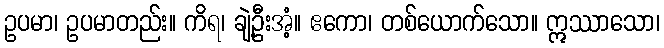
ဥပမာ၊ ဥပမာတည်း။ ကိရ၊ ချဲ့ဦးအံ့။ ဧကော၊ တစ်ယောက်သော။ ဣဿာသော၊